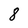
Character: 8